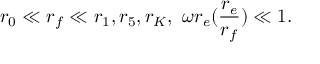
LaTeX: r _ { 0 } \ll r _ { f } \ll r _ { 1 } , r _ { 5 } , r _ { K } , \ \omega r _ { e } ( \frac { r _ { e } } { r _ { f } } ) \ll 1 .